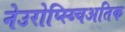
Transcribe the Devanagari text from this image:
नेउरोप्स्य्चिअतिक